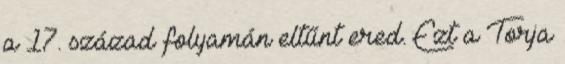
a 17. század folyamán eltűnt ered. Ezt a Torja